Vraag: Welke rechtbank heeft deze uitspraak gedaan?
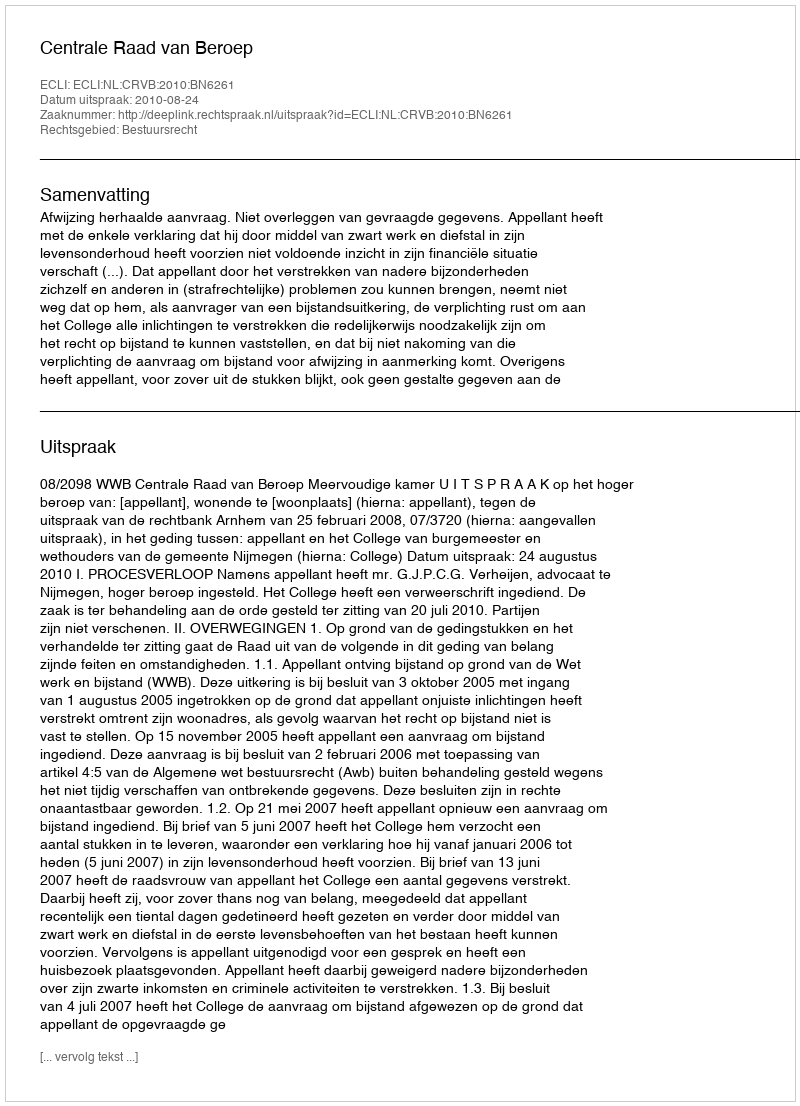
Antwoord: Centrale Raad van Beroep